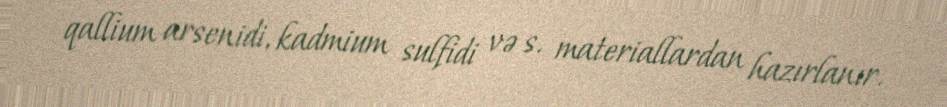
qallium arsenidi, kadmium sulfidi və s. materiallardan hazırlanır.